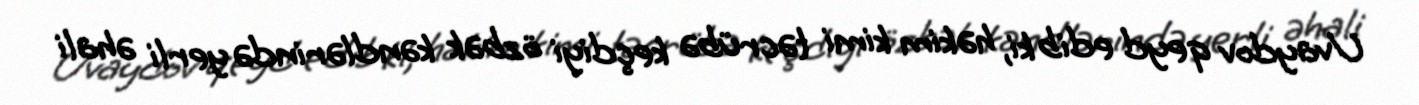
Uvaydov qeyd edib ki, həkim kimi təcrübə keçdiyi özbək kəndlərində yerli əhali